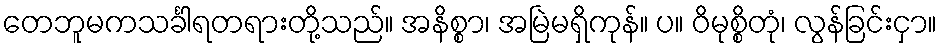
တေဘူမကသင်္ခါရတရားတို့သည်။ အနိစ္စာ၊ အမြဲမရှိကုန်။ ပ။ ဝိမုစ္စိတုံ၊ လွန်ခြင်းငှာ။